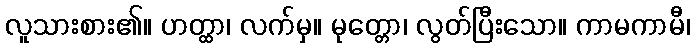
လူသားစား၏။ ဟတ္ထာ၊ လက်မှ။ မုတ္တော၊ လွတ်ပြီးသော။ ကာမကာမီ၊